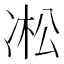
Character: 凇